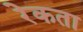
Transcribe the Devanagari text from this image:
रेकता